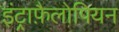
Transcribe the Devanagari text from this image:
इंट्राफ़ैलोपियन